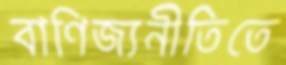
বাণিজ্যনীতিতে